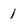
Character: 1